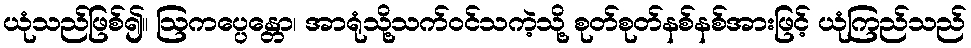
ယုံသည်ဖြစ်၍။ ဩကပ္ပေန္တော၊ အာရုံသို့သက်ဝင်သကဲ့သို့ စုတ်စုတ်နစ်နစ်အားဖြင့် ယုံကြည်သည်